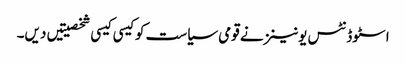
اسٹوڈنٹس یونینز نے قومی سیاست کو کیسی کیسی شخصیتیں دیں۔